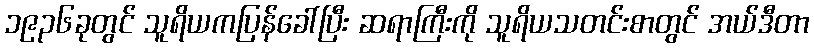
၁၉၃၆ခုတွင် သူရိယကပြန်ခေါ်ပြီး ဆရာကြီးကို သူရိယသတင်းစာတွင် အယ်ဒီတာ